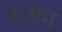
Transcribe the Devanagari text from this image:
रेज़ीम